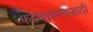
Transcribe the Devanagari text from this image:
फटकावण्यासाठी